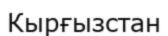
Кырғызстан